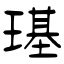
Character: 璂